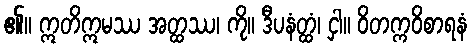
၏။ ဣတိဣမဿ အတ္ထဿ၊ ကို။ ဒီပနံတ္ထံ၊ ငှါ။ ဝိတက္ကဝိစာရနံ